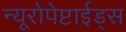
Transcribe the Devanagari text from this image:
न्यूरोपेप्टाईड्स